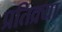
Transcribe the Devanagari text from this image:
प्रतिक्र्या